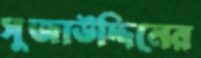
সুজাউদ্দিনের